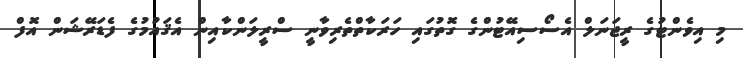
މި އިވެންޓުގެ ރީޖަނަލް އެސޯސިއޭޓުންގެ ގޮތުގައި ހަރަކާތްތެރިވާނީ ސްރީލަންކާއިން އެޤައުމުގެ ފެޑަރޭޝަން އޮފް